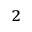
^ { 2 }